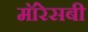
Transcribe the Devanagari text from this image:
मॉरेसबी